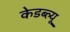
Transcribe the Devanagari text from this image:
केडब्ल्यू